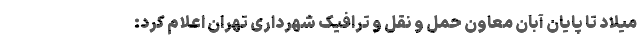
میلاد تا پایان آبان معاون حمل و نقل و ترافیک شهرداری تهران اعلام کرد: